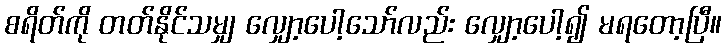
စရိတ်ကို တတ်နိုင်သမျှ လျှော့ပေါ့သော်လည်း လျှော့ပေါ့၍ မရတော့ပြီ။